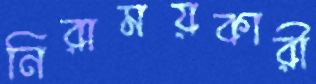
নিরাময়কারী